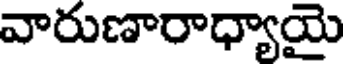
వారుణారాధ్యాయై